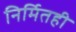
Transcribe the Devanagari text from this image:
निर्मितही